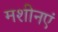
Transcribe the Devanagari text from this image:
मशीनएं